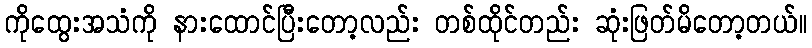
ကိုထွေးအသံကို နားထောင်ပြီးတော့လည်း တစ်ထိုင်တည်း ဆုံးဖြတ်မိတော့တယ်။